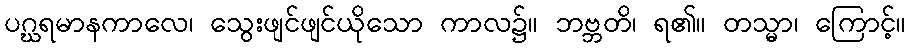
ပဂ္ဃရမာနကာလေ၊ သွေးဖျင်ဖျင်ယိုသော ကာလ၌။ ဘဗ္ဘတိ၊ ရ၏။ တသ္မာ၊ ကြောင့်။